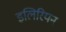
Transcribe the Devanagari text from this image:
इलिरियन